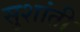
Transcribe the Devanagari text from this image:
सुशांती